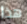
هذا